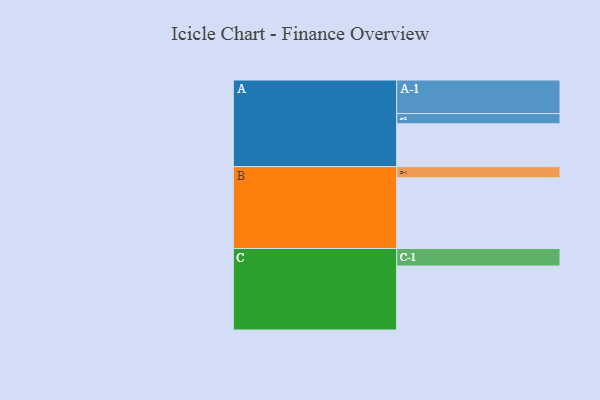
{"axis": {"x": "Segment", "y": "Value"}, "legend": ["", "A", "B", "C"], "data": [{"x": "A", "y": 353, "type": ""}, {"x": "B", "y": 584, "type": ""}, {"x": "C", "y": 528, "type": ""}, {"x": "A-1", "y": 277, "type": "A"}, {"x": "A-2", "y": 85, "type": "A"}, {"x": "B-1", "y": 92, "type": "B"}, {"x": "C-1", "y": 145, "type": "C"}]}